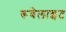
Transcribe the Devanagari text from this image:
रूबेलाइट